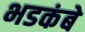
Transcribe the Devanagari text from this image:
भडकंबे